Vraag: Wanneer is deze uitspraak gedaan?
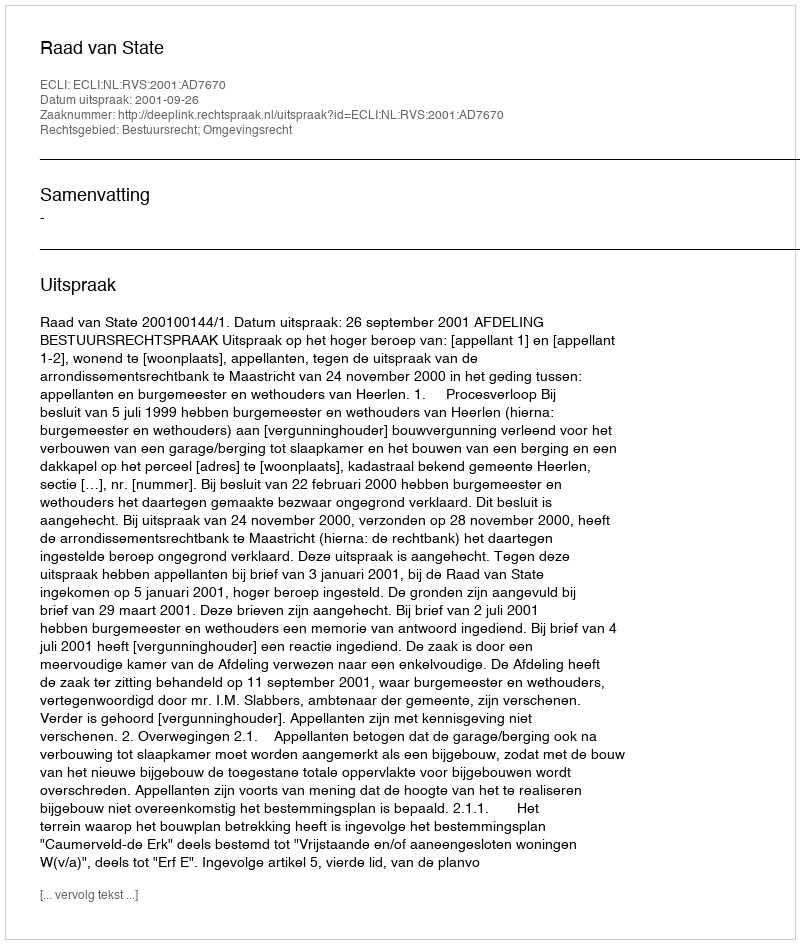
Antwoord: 2001-09-26